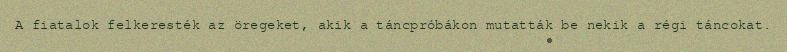
A fiatalok felkeresték az öregeket, akik a táncpróbákon mutatták be nekik a régi táncokat.